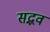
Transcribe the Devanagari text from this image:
सद्भव